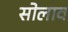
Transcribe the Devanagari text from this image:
सोलाव